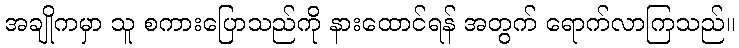
အချိုကမှာ သူ စကားပြောသည်ကို နားထောင်ရန် အတွက် ရောက်လာကြသည်။